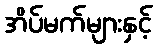
အိပ်မက်များနှင့်